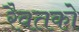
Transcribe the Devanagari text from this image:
रैवतको